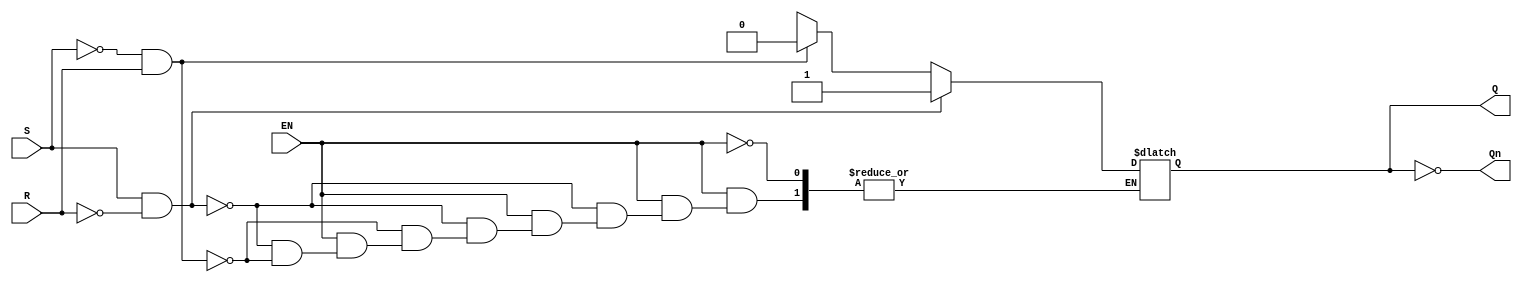
module GatedSRLatch (
    input wire S,      // Set input
    input wire R,      // Reset input
    input wire EN,     // Enable input
    output reg Q,      // Output Q
    output wire Qn     // Complementary output Q'
);

// Complementary output
assign Qn = ~Q;

// Always block to implement the gated SR latch behavior
always @(*) begin
    if (EN) begin
        if (S && !R) begin
            Q = 1'b1;  // Set state
        end else if (!S && R) begin
            Q = 1'b0;  // Reset state
        end else if (S && R) begin
            // Invalid state: S and R both high
            // You can define behavior here, e.g., hold previous state or set to a specific value
            // Here we do nothing to hold the previous state
            Q = Q; // Retain previous state
        end else begin
            // Both S and R are low
            Q = Q; // Retain previous state
        end
    end
    // If EN is low, retain the previous state (handled by the default behavior of the latch)
end

endmodule